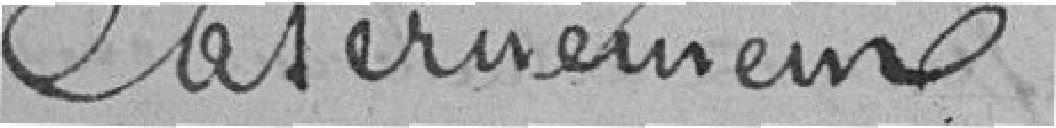
Casernement